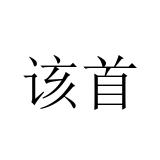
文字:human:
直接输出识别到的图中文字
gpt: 该首